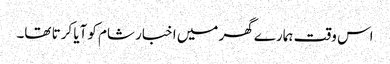
اس وقت ہمارے گھر میں اخبار شام کو آیا کرتا تھا۔